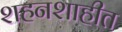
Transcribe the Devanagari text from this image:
शहनशाहीत